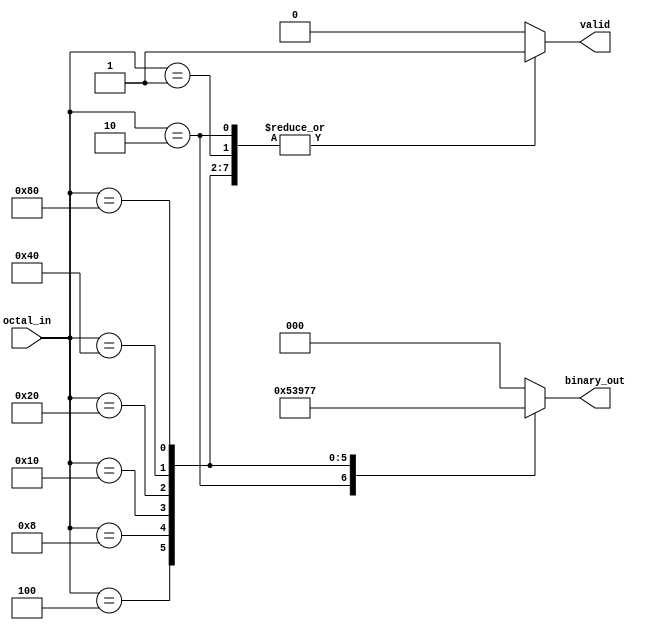
module octal_to_binary_encoder (
    input  wire [7:0] octal_in,
    output reg  [2:0] binary_out,
    output reg        valid
);

    always @(*) begin
        // Initialize outputs
        binary_out = 3'b000; // Default output for octal 0
        valid = 1'b0;        // Default to invalid

        // Check the octal input and set binary output accordingly
        case (octal_in)
            8'b00000001: begin binary_out = 3'b000; valid = 1'b1; end // octal 0
            8'b00000010: begin binary_out = 3'b001; valid = 1'b1; end // octal 1
            8'b00000100: begin binary_out = 3'b010; valid = 1'b1; end // octal 2
            8'b00001000: begin binary_out = 3'b011; valid = 1'b1; end // octal 3
            8'b00010000: begin binary_out = 3'b100; valid = 1'b1; end // octal 4
            8'b00100000: begin binary_out = 3'b101; valid = 1'b1; end // octal 5
            8'b01000000: begin binary_out = 3'b110; valid = 1'b1; end // octal 6
            8'b10000000: begin binary_out = 3'b111; valid = 1'b1; end // octal 7
            default: begin binary_out = 3'b000; valid = 1'b0; end      // Invalid input or all zeros
        endcase
    end

endmodule